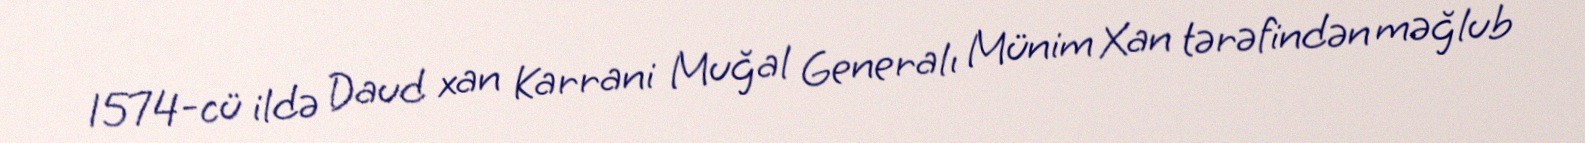
1574-cü ildə Daud xan Karrani Muğal Generalı Münim Xan tərəfindən məğlub